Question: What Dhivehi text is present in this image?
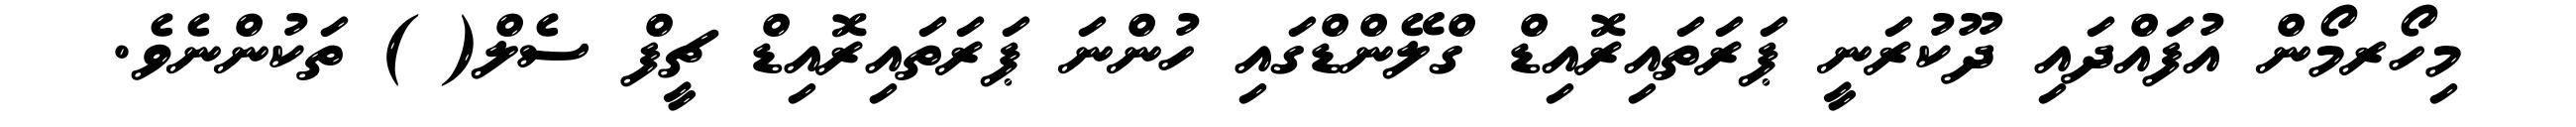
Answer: މިހޯރމޯން އުފައްދައި ދޫކުރަނީ ޕަރަތައިރޮއިޑް ގްލޭންޑްގައި ހުންނަ ޕަރަތައިރޮއިޑް ޗީފް ސެލް( ) ތަކުންނެވެ.